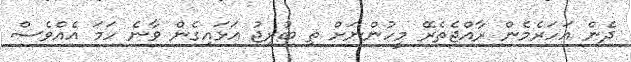
ދެން އަހަރެމެން ރާއްޖެތެރޭ މީހުންނަށް ތި ބުރިޖު އަޅައިގެން ވާނެ ހަމަ އެއްވެސް